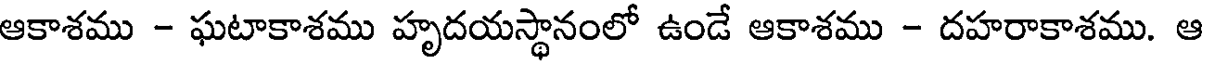
ఆకాశము - ఘటాకాశము హృదయస్థానంలో ఉండే ఆకాశము - దహరాకాశము. ఆ